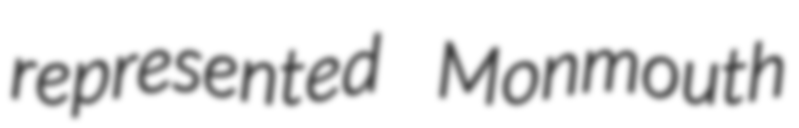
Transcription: represented Monmouth